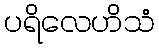
ပရိလေဟိသံ